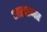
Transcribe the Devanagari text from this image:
आइस्नर